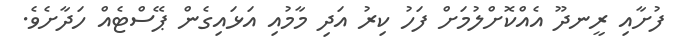
ފުށާއި ރީނދޫ އެއްކޮށްލުމަށް ފަހު ކިރު އަދި މާމުއި އަޅައިގެން ޕޭސްޓެއް ހަދާށެވެ.